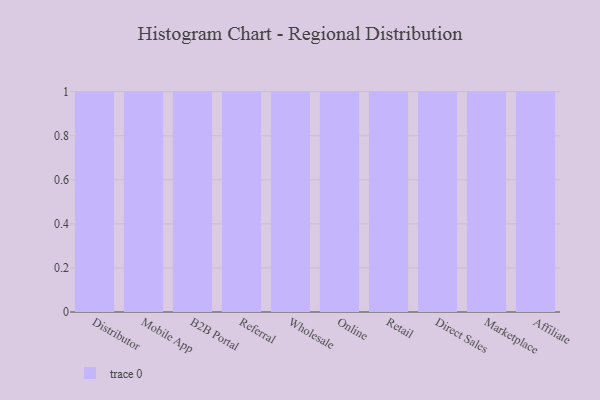
{"axis": {"x": "Channel", "y": "Page Views"}, "legend": [""], "data": [{"x": "Distributor", "y": 84, "type": ""}, {"x": "Mobile App", "y": 17, "type": ""}, {"x": "B2B Portal", "y": 15, "type": ""}, {"x": "Referral", "y": 74, "type": ""}, {"x": "Wholesale", "y": 8, "type": ""}, {"x": "Online", "y": 84, "type": ""}, {"x": "Retail", "y": 100, "type": ""}, {"x": "Direct Sales", "y": 88, "type": ""}, {"x": "Marketplace", "y": 71, "type": ""}, {"x": "Affiliate", "y": 13, "type": ""}]}